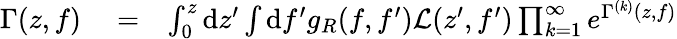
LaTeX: \begin{array}{rlr}{\Gamma(z,f)}&{{}=}&{\int_{0}^{z}\mathrm{d}z^{\prime}\int\mathrm{d}f^{\prime}g_{R}(f,f^{\prime})\mathcal{L}(z^{\prime},f^{\prime})\prod_{k=1}^{\infty}e^{\Gamma^{(k)}(z,f)}}\end{array}